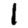
Digit: 1